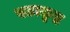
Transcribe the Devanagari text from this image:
वउत्कृष्ट